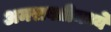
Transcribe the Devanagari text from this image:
अमरावतीमध्ये